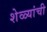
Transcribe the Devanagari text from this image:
शेळ्यांची